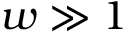
w \gg 1